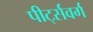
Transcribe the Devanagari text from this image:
पीर्ट्सवर्ग